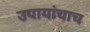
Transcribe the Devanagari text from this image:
उपायांचाच